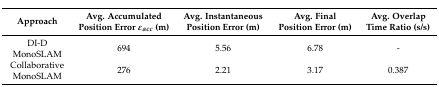
<table><thead><tr><td><b>Approach</b></td><td><b>Avg. Accumulated Position Error <i>ε<sub>acc</sub></i> (m)</b></td><td><b>Avg. Instantaneous Position Error (m)</b></td><td><b>Avg. Final Position Error (m)</b></td><td><b>Avg. Overlap Time Ratio (s/s)</b></td></tr></thead><tbody><tr><td>DI-D MonoSLAM</td><td>694</td><td>5.56</td><td>6.78</td><td>-</td></tr><tr><td>Collaborative MonoSLAM</td><td>276</td><td>2.21</td><td>3.17</td><td>0.387</td></tr></tbody></table>